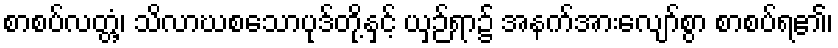
စာစပ်လတ္တံ့၊ သိလာဃစသောပုဒ်တို့နှင့် ယှဉ်ရာ၌ အနက်အားလျော်စွာ စာစပ်ရ၏၊